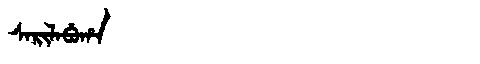
Manchu: ᠰᠠᡵᡳᠯᠠᠪᡠᡥᠠ
Romanization: SARILABUHA